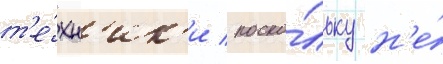
т'е́хн'ик'и / поско́льку н'е́